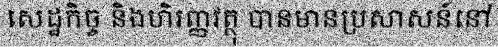
សេដ្ឋកិច្ច និងហិរញ្ញវត្ថុ បានមានប្រសាសន៍នៅ